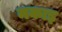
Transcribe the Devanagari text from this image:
मकाइ